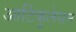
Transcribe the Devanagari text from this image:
आर्टिकुलेसन